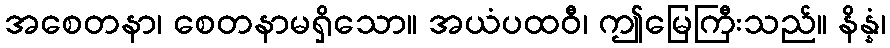
အစေတနာ၊ စေတနာမရှိသော။ အယံပထဝီ၊ ဤမြေကြီးသည်။ နိန္နံ၊